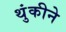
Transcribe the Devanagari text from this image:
थुंकीने